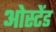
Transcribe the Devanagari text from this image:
ओस्टेंड